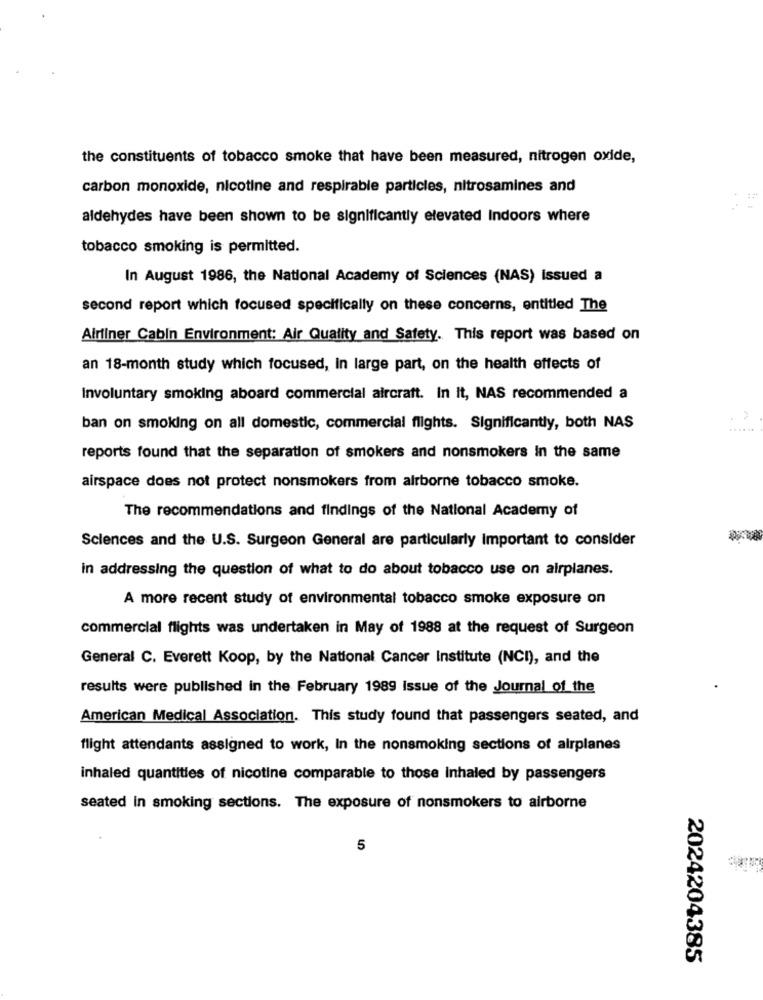
the constituents of tobacco smoke that have been measured, nitrogen oxide,
carbon monoxide, nicotine and respirable particles, nitrosamines and
aldehydes have been shown to be significantly elevated Indoors where
tobacco smoking is permitted.
In August 1986, the National Academy of Sciences (NAS) issued a
second report which focused specifically on these concerns, entitled The
Airliner Cabin Environment: Air Quality and Safety. This report was based on
an 18-month study which focused, In large part, on the health effects of
Involuntary smoking aboard commercial aircraft. In It, NAS recommended a
7%
ban on smoking on all domestic, commercial flights. Significantly, both NAS
reports found that the separation of smokers and nonsmokers In the same
airspace does not protect nonsmokers from airborne tobacco smoke.
The recommendations and findings of the National Academy of
Sciences and the U.S. Surgeon General are particularly Important to consider
in addressing the question of what to do about tobacco use on airplanes.
A more recent study of environmental tobacco smoke exposure on
commercial flights was undertaken in May of 1988 at the request of Surgeon
General C. Everett Koop, by the National Cancer Institute (NCI), and the
results were published in the February 1989 issue of the Journal of the
American Medical Association. This study found that passengers seated, and
flight attendants assigned to work, In the nonsmoking sections of airplanes
inhaled quantities of nicotine comparable to those inhaled by passengers
seated in smoking sections. The exposure of nonsmokers to airborne
5
2024204385